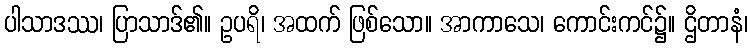
ပါသာဒဿ၊ ပြာသာဒ်၏။ ဥပရိ၊ အထက် ဖြစ်သော။ အာကာသေ၊ ကောင်းကင်၌။ ဌိတာနံ၊